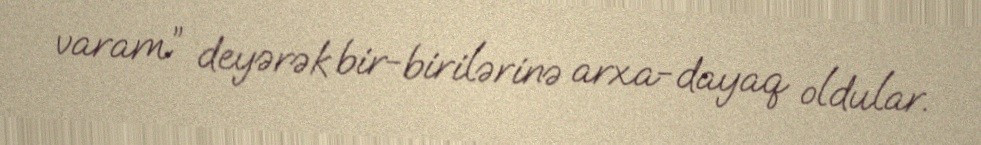
varam” deyərək bir-birilərinə arxa-dayaq oldular.